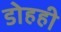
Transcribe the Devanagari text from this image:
डोहही